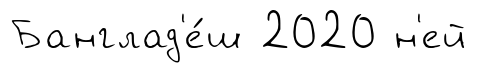
Банглад'е́ш 2020 н'ей